Report of the Hyderabad Chloroform Commission
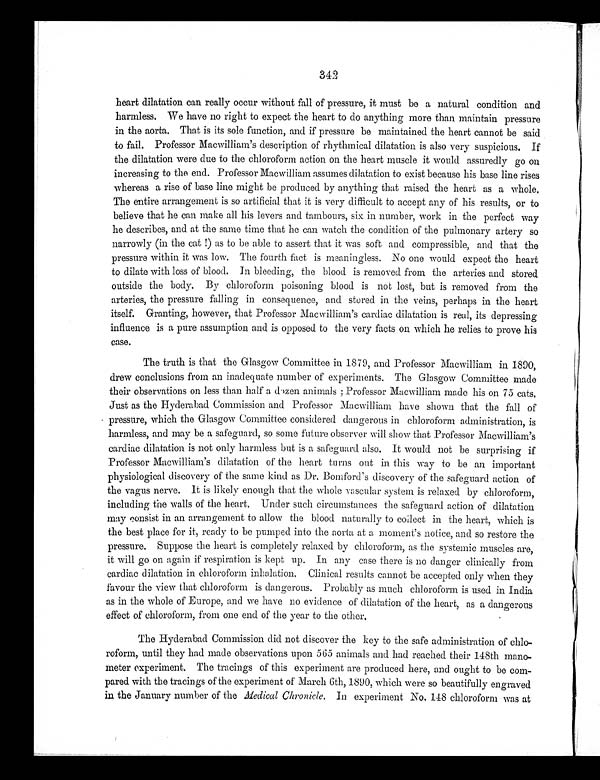
34
2
heart dilatation can really occur without fall of pressure, it must be a natural condition and
harmless. We have no right to expect the heart to do anything more than maintain pressure
in the aorta. That is its sole function, and if pressure be maintained the heart cannot be said
to fail. Professor Macwilliam' s description of rhythmical dilatation is also very suspicious. If
the dilatation were due to the chloroform action on the heart muscle it would assuredly go on
increasing to the end. Professor Macwilliam assumes dilatation to exist because his base line rises
whereas a rise of base line might be produced by anything that raised the heart as a whole.
The entire arrangement is so artificial that it is very difficult to accept any of his results, or to
believe that he can make all his levers and tambours, six in number, work in the perfect way
he describes, and at the same time that he can watch the condition of the pulmonary artery so
n a r r o wl y ( i n t h e c a t ! ) a s t o b e a b l e t o a s s e r t t h a t i t wa s s o f t a n d c o mp r e s s i b l e , a n d t h a t t h e
pressure within it was low. The fourth fact is meaningless. No one would expect the heart
to dilate with loss of blood. In bleeding, the blood is removed from the arteries and stored
outside the body. By chloroform poisoning blood is not lost, but is removed from the
arteries, the pressure falling in consequence, and stored in the veins, perhaps in the heart
itself. Granting, however, that Professor Macwilliam's cardiac dilatation is real, its depressing
influence is a pure assumption and is opposed to the very facts on which he relies to prove his
case.
The truth is that the Glasgow Committee in 1879, and Professor Macwilliam in 1890,
drew conclusions from an inadequate number of experiments. The Glasgow Committee made
their observations on less than half a dozen animals; Professor Macwilliam made his on 75 cats.
Just as the Hyderabad Commission and Professor Macwilliam have shown that the fall of
pressure, which the Glasgow Committee considered dangerous in chloroform administration, is
harmless, and may be a safeguard, so some future observer will show that Professor Macwilliam's
cardiac dilatation is not only harmless but is a safeguard also. It would not be surprising if
Professor Macwilliam's dilatation of the heart turns out in this way to be an important
physiological discovery of the same kind as Dr. Bomford' s discovery of the safeguard action of
the vagus nerve. It is likely enough that the whole vascular system is relaxed by chloroform,
i ncl udi ng t he wal l s of t he hear t . Under such ci r cumst ances t he saf eguar d act i on of di l at at i on
may consist in an arrangement to allow the blood naturally to collect in the heart, which is
the best place for it, ready to be pumped into the aorta at a moment's notice, and so restore the
pressure. Suppose the heart is completely relaxed by chloroform, as the systemic muscles are,
it will go on again if respiration is kept up. In any case there is no danger clinically from
cardi ac di l at at i on i n chl oroform i nhal at i on. Cl i ni cal resul t s cannot be accept ed onl y when t hey
favour the view that chloroform is dangerous. Probably as much chloroform is used in India
as in the whole of Europe, and we have no evidence of dilatation of the heart, as a dangerous
effect of chloroform, from one end of the year to the other.
The Hyderabad Commission did not discover the key to the safe administration of chlo
-roform, until they had made observations upon 565 animals and had reached their 148th mano-
meter experiment. The tracings of this experiment are produced here, and ought to be com-
pared with the tracings of the experiment of March 6th, 1890, which were so beautifully engraved
in the January number of the Medical Chronicle. In experiment No. 148 chloroform was at